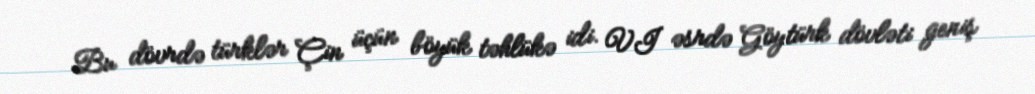
Bu dövrdə türklər Çin üçün böyük təhlükə idi. VI əsrdə Göytürk dövləti geniş